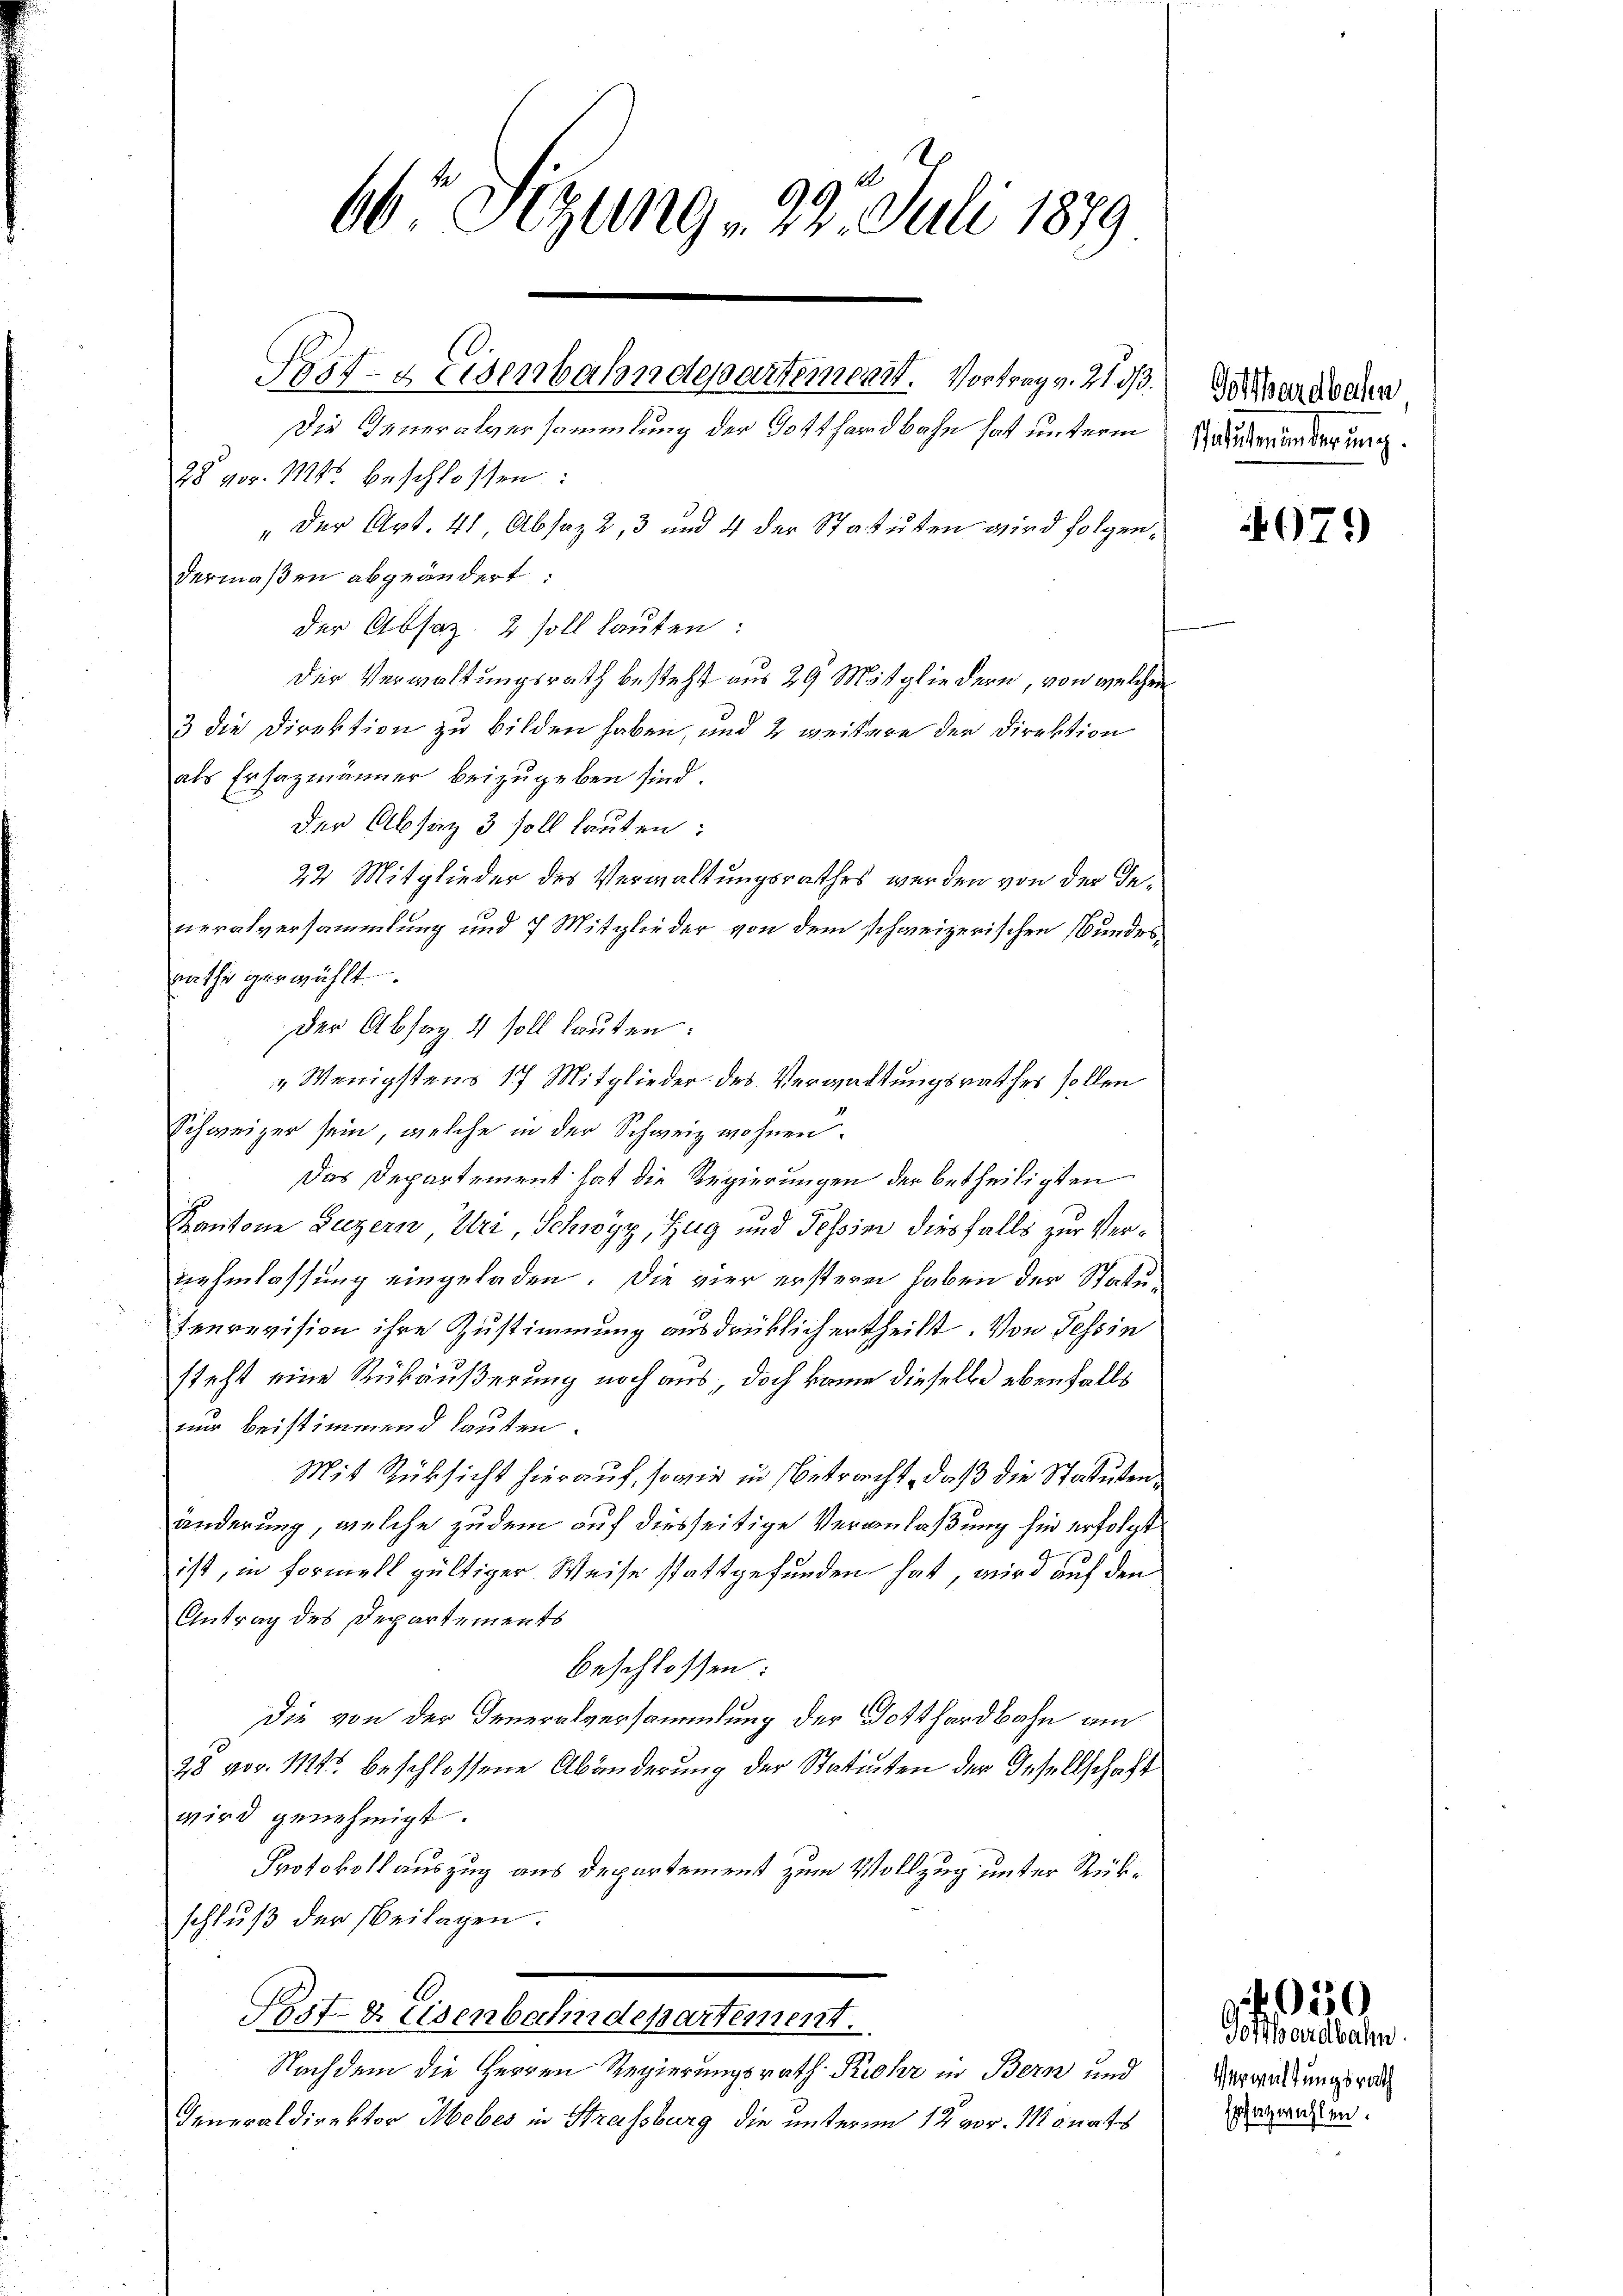
66 Sitzung 22. Juli 1879

Post- & Eisenbahndepartement. Vortrag v. 21. 33.

Die Generalversammlung der Gotthardbahn hat unterm
28 vor. Mts. beschlossen:
" der Art. 41, Absaz 2, 3 und 4 der Statuten wird folgen
dermaßen abgeändert:
der Absaz, 2 soll lauten:
Der Verwaltungsrath besteht aus 29 Mitgliedern, von welche
3 die Direktion zu bilden haben, und 2 weitere der Direktion
als Ersazmänner beizugeben sind.
der Absich 3 soll lauten:
22. Mitglieder des Verwaltungsrathes werden von der Inneralversammlung und 7 Mitglieder von dem schweizerischen Bunde
rathe gewählt.
der Absag 4 soll lauten:
" Wenigstens 17 Mitglieder des Verwaltungsrathes sollen
Schweizer sein, welche in der Schweiz wohnen.
Das Departement hat die Regierungen der betheiligten
Kantone Luzern Uri, Schwyz, Zug und Tessimi diesfalls zur Vernehmlassung eingeladen. Die vier erstere haben der Statutenrevision ihre Zustimmung ausdrücklich ertheilt. Von Tessin
steht eine Rückäußerung noch aus, doch kome dieselbe ebenfalls
nur beistimmend lauten.
Mit Rüksicht hierauf, sowie in Betracht, daß die Statuten
änderung, welche zudem auf diesseitige Veranlaßung sie erfolgt
ist, in Formell gültiger Weise stattgefunden hat, wird auf den
Antrag des Departements
beschlossen:
die von der Generalversammlung der Gotthardbahn am
28 vor. Mts. beschlossene Abänderung der Statuten der Gesellschaft
wird genehmigt.
Protokollauszug aus Departement zum Vollzug unter Rükschluß der Beilagen.
Post- & Eisenbahndepartement.
Nachdem die Herren Regierungsrath Rohr in Bern und
Generaldirektor Mebes in Strassburg die unterm 12. vor. Monats

Gotthardbahn
Mahlmänderung.

t

079

Verweistungsrath
sazwahlen.

,030
Gotthardbahn.